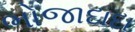
ભોજાદાદા